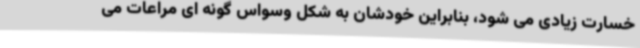
خسارت زیادی می شود، بنابراین خودشان به شکل وسواس گونه ای مراعات می